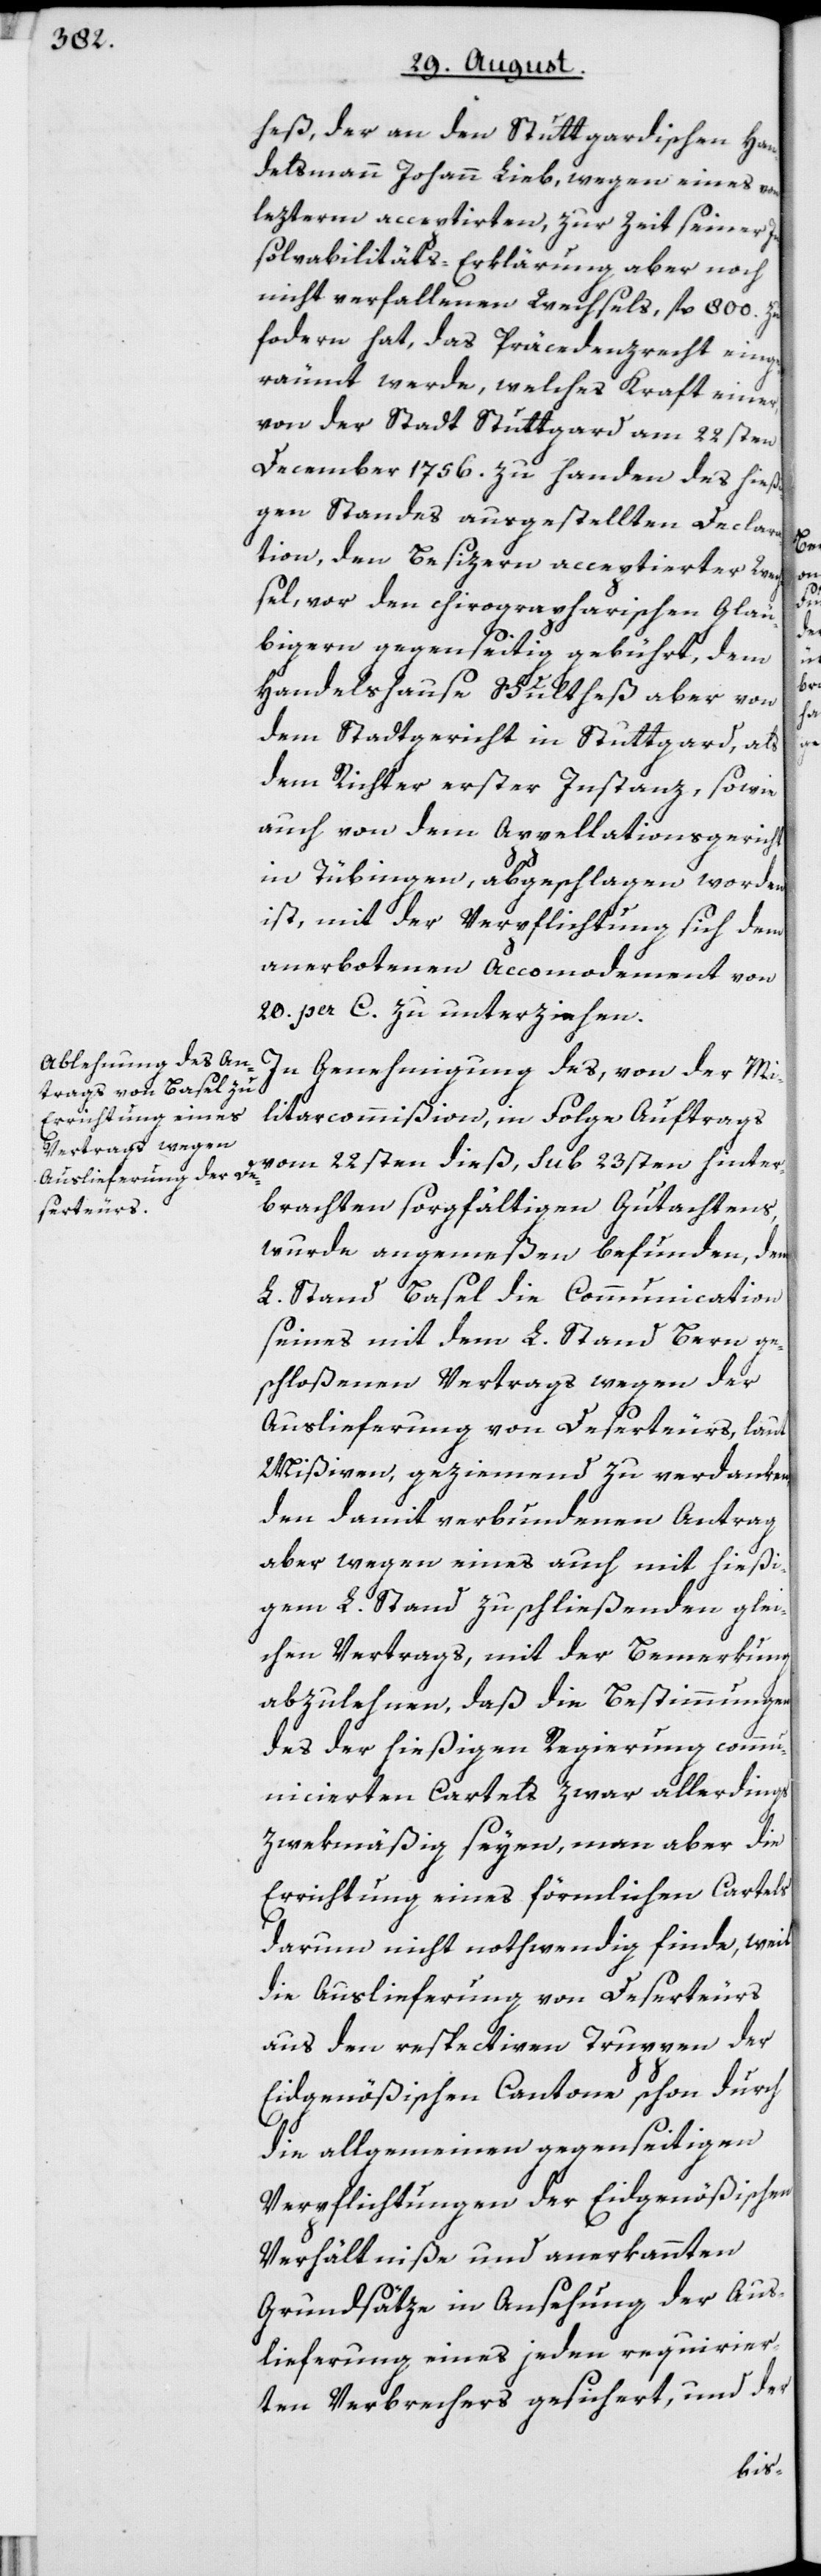
heß, der an den Stuttgardischen Han¬
delsmann Johann Lieb, wegen eines von
lezterm acceptirten, zur Zeit seiner In¬
solvabilitäts-Erklärung aber noch
nicht verfallenen Wechsels, fl. 800. zu
fo[r]dern hat, das Präcedenzrecht einge¬
räumt werde, welches Kraft einer,
von der Stadt Stuttgard am 22sten
December 1756. zu handen des hießi¬
gen Standes ausgestellten Declara¬
tion, den Besizern acceptierter Wech¬
sel, vor den chirographarischen Gläu¬
bigern gegenseitig gebührt, dem
Handelshause Schultheß aber von
dem Stadtgericht in Stuttgard, als
dem Richter erster Instanz, sowie
auch von dem Appellationsgericht
in Tübingen, abgeschlagen worden
ist, mit der Verpflichtung sich dem
anerbotenen Accomodement von
20. per C. zu unterziehen.
In Genehmigung des, von der Mi¬
litarcommißion, in Folge Auftrags
vom 22sten dieß, sub 23sten hinter¬
brachten sorgfältigen Gutachtens,
wurde angemeßen befunden, dem
L. Stand Basel die Communication
seines mit dem L. Stand Bern ge¬
schloßenen Vertrags wegen der
Auslieferung von Deserteurs, laut
Mißiven, geziemend zu verdanken,
den damit verbundenen Antrag
aber wegen eines auch mit hießi¬
gem L. Stand zu schließenden glei¬
chen Vertrags, mit der Bemerkung
abzulehnen, daß die Bestimmungen
des der hießigen Regierung commu¬
nicierten Cartels zwar allerdings
zwekmäßig seyen, man aber die
Errichtung eines förmlichen Cartels
darum nicht nothwendig finde, weil
die Auslieferung von Deserteurs
aus den respectiven Truppen der
Eidgenößischen Cantone schon durch
die allgemeinen gegenseitigen
Verpflichtungen der Eidgenößischen
Verhältniße und anerkannten
Grundsätze in Ansehung der Aus¬
lieferung eines jeden requirier¬
ten Verbrechers gesichert, und der